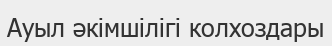
Ауыл әкімшілігі колхоздары